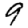
Digit: 9